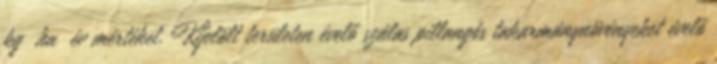
kg ha év mértéket. Kijelölt területen évelő szálas pillangós takarmánynövényeket évelő